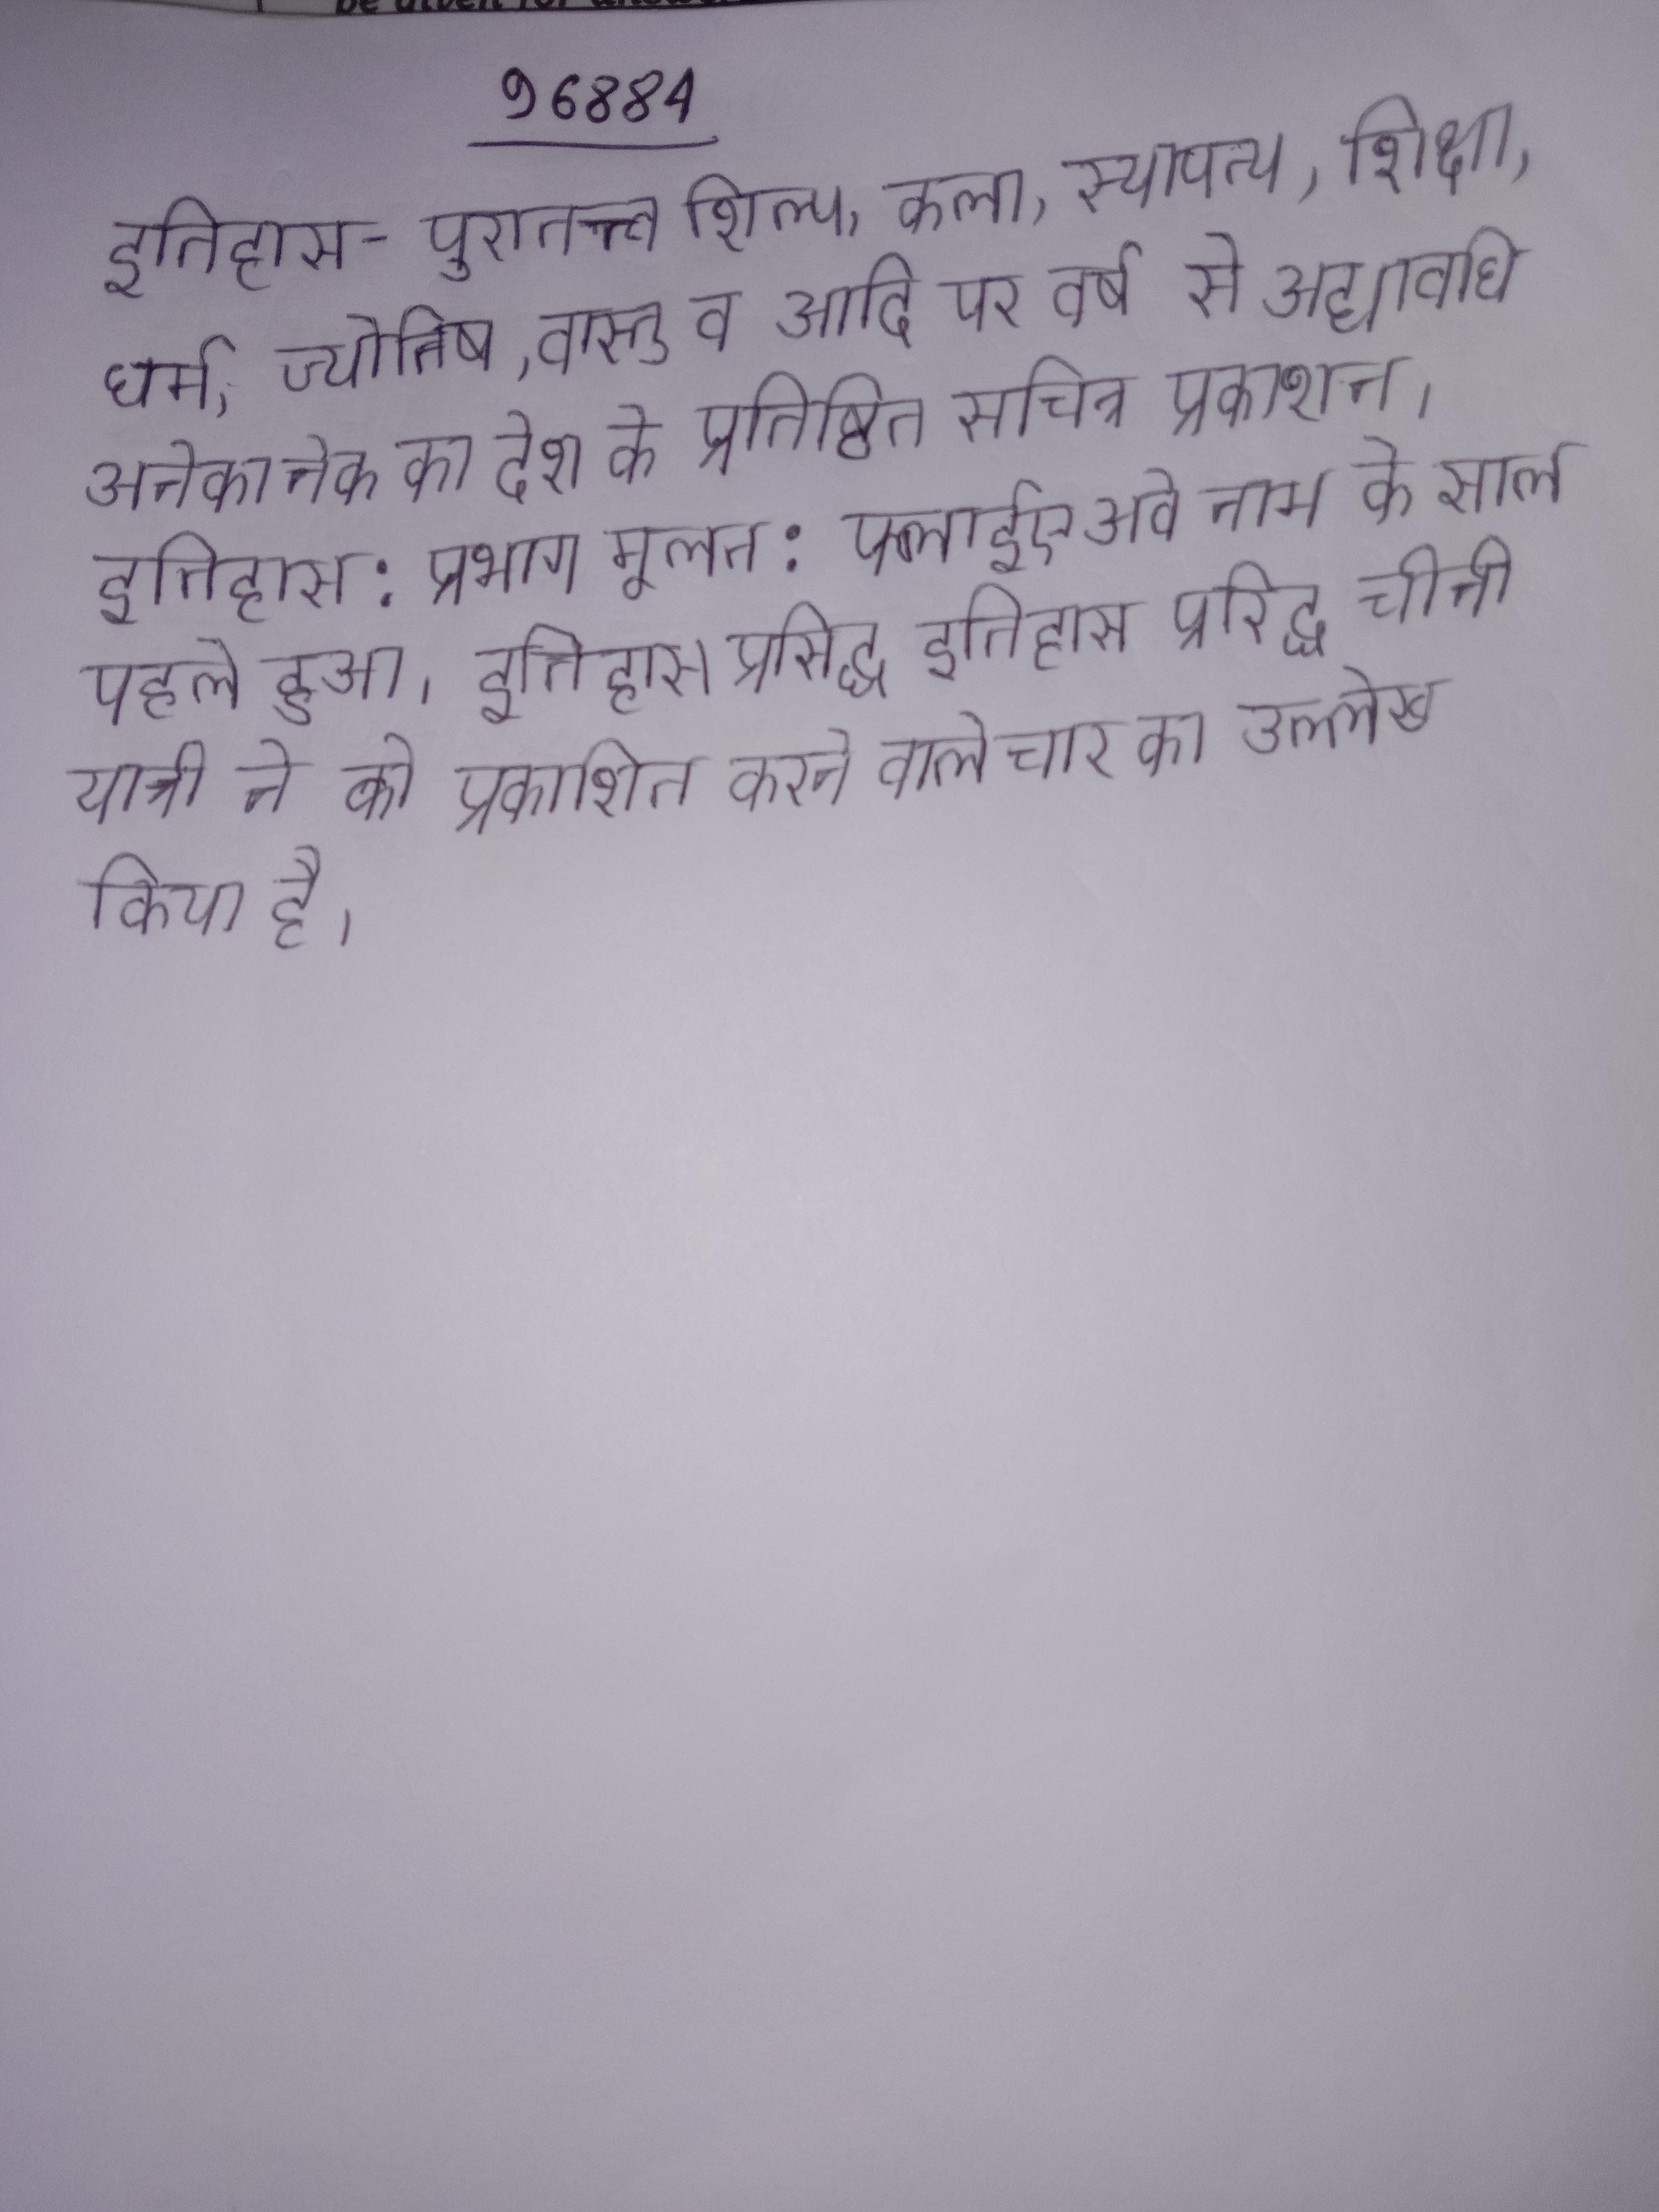
इतिहास-पुरातत्त्व, शिल्प, कला, स्थापत्य, शिक्षा, धर्म, ज्योतिष, वास्तु व आदि पर वर्ष से अद्यावधि अनेकानेक का देश के प्रतिष्ठित सचित्र प्रकाशन । इतिहास: प्रभाग मूलत: फ्लाईएअवे नाम के साल पहले हुआ । इतिहास प्रसिद्ध इतिहास प्रसिद्ध चीनी यात्री ने को प्रकाशित करने वाले चार का उल्लेख किया है ।